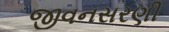
જીવનસરણી